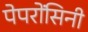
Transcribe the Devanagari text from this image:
पेपरोंसिनी